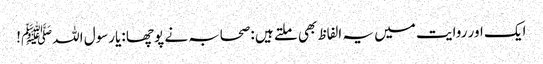
ایک اور روایت میں یہ الفاظ بھی ملتے ہیں :صحابہ نے پوچھا :یارسول اللہﷺ!